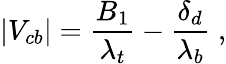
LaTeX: |V_{cb}|={\frac{B_{1}}{\lambda_{t}}}-{\frac{\delta_{d}}{\lambda_{b}}}\; ,